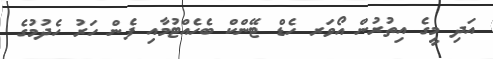
އަދި މީގެ އިތުރުން އޯވަރ ހެޑް ޓޭންކް ބެހެއްޓުމާއި ފެން ހަރު ހެދުމުގެ